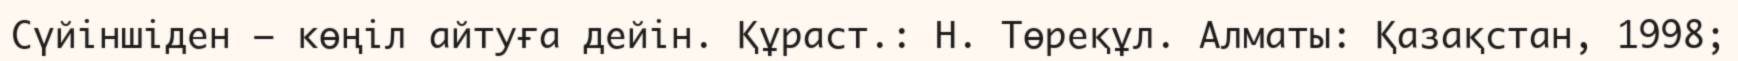
Сүйіншіден – көңіл айтуға дейін. Құраст.: Н. Төреқұл. Алматы: Қазақстан, 1998;